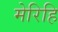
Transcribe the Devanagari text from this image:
मेरिहि